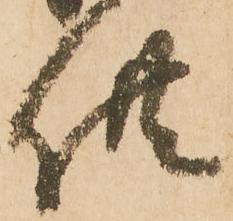
供